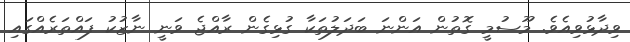
ވިދާޅުވިއެވެ. މޫސުމީ ގޮތުން އަންނަ ބަދަލުތަކާ ގުޅިގެން ރާއްޖެ ވަނީ ނާޒުކު ފައްތަރެއްގައި